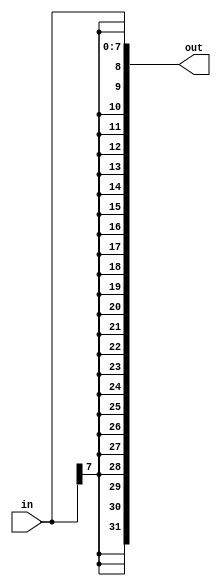
// This program was cloned from: https://github.com/matthlud/HDLBits
// License: Apache License 2.0

module top_module (
    input [7:0] in,
    output [31:0] out );//

    assign out = { {24{in[7]}}  , in};

endmodule